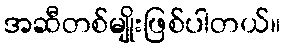
အဆီတစ်မျိုးဖြစ်ပါတယ်။